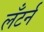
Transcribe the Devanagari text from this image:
लँटर्न